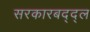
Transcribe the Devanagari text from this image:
सरकारबद्द्ल